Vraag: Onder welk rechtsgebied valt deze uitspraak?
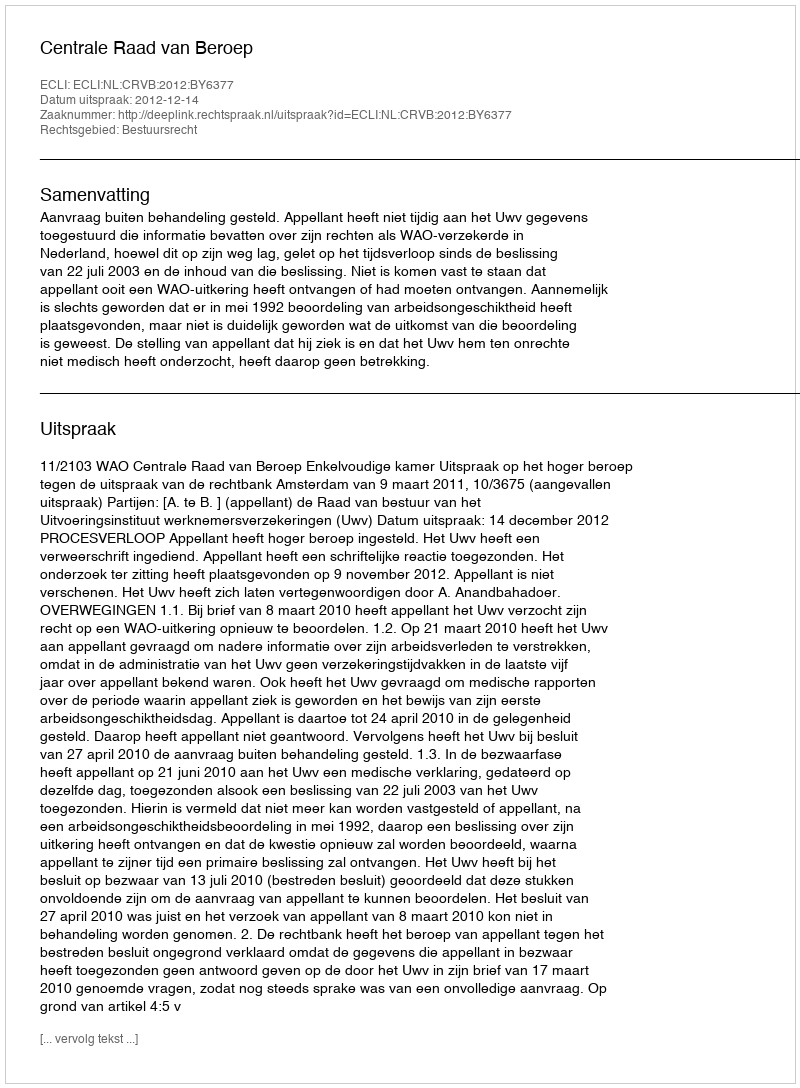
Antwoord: Bestuursrecht